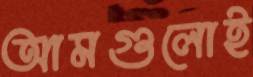
আমগুলোই